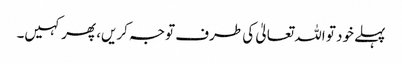
پہلے خود تو اللہ تعالیٰ کی طرف توجہ کریں، پھر کہیں۔